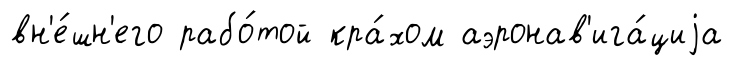
вн'е́шн'его рабо́той кра́хом аэронав'ига́циjа